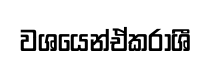
වශයෙන්ඒකරාශී